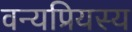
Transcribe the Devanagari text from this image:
वन्यप्रियस्य